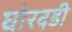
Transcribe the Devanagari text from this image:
घोरदडी